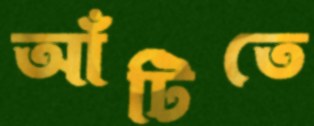
আঁটিতে